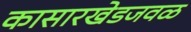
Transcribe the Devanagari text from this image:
कासारखेडजवळ